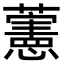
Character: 藼